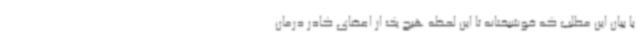
با بیان این مطلب که خوشبختانه تا این لحظه هیچ یک از اعضای کادر درمان